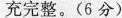
充完整。（6 分）